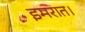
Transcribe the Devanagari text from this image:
इमरात।